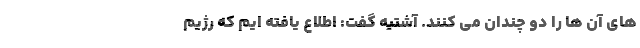
های آن ها را دو چندان می کنند. آشتیه گفت: اطلاع یافته ایم که رژیم